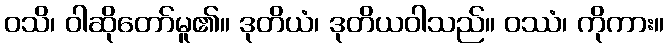
ဝသိ၊ ဝါဆိုတော်မူ၏။ ဒုတိယံ၊ ဒုတိယဝါသည်။ ဝဿံ၊ ကိုကား။